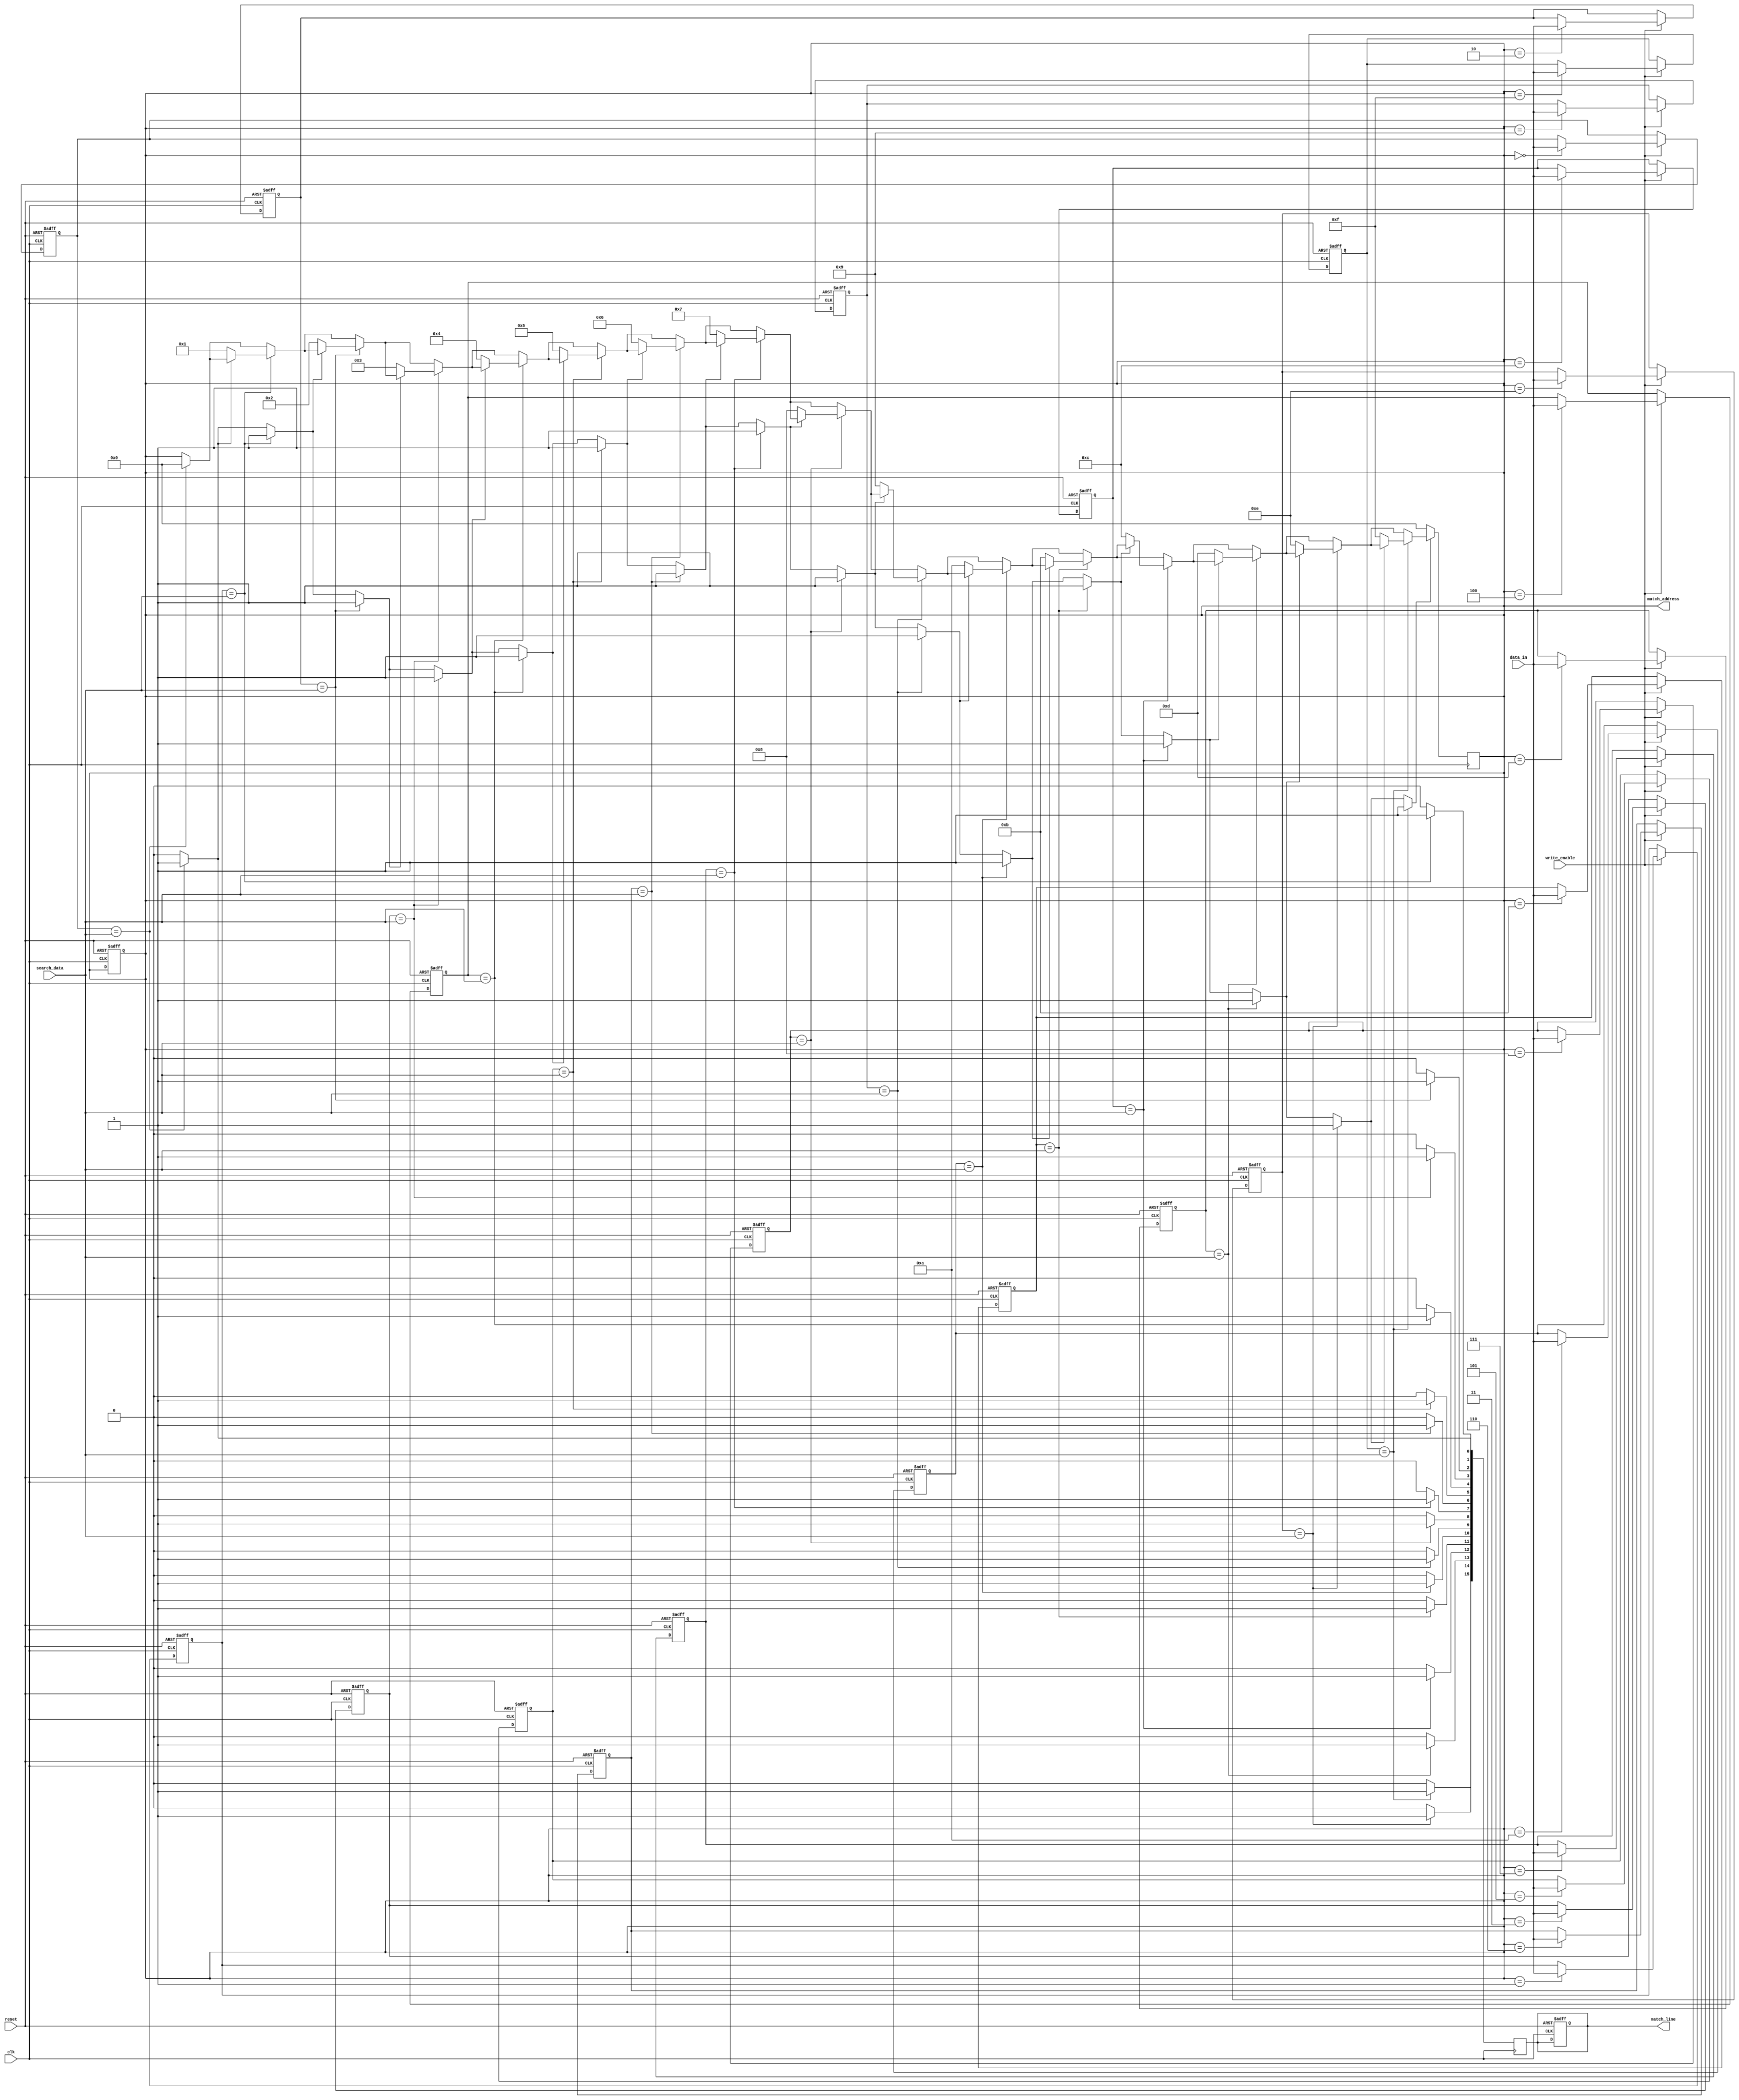
module bcam #(
    parameter N = 16,  // Number of entries (rows)
    parameter M = 8    // Width of each entry (columns)
)(
    input wire clk,                // Clock signal
    input wire reset,              // Reset signal
    input wire write_enable,       // Write enable signal
    input wire [M-1:0] data_in,    // Data input for writing
    input wire [M-1:0] search_data, // Data input for searching
    output reg [N-1:0] match_line, // Match line output
    output reg [$clog2(N)-1:0] match_address // Address of the first match
);

// Memory array declaration
reg [M-1:0] memory [0:N-1];

// Internal signals
integer i;
reg found;

// Write operation
always @(posedge clk or posedge reset) begin
    if (reset) begin
        // Clear memory on reset
        for (i = 0; i < N; i = i + 1) begin
            memory[i] <= {M{1'b0}};
        end
        match_line <= {N{1'b0}};
        match_address <= {N{1'b0}};
    end else if (write_enable) begin
        // Writing data to memory
        memory[match_address] <= data_in; // Write data to the specified address
    end
end

// Search operation
always @(posedge clk) begin
    // Initialize match line
    match_line <= {N{1'b0}};
    found = 0;

    // Compare search_data with each memory entry
    for (i = 0; i < N; i = i + 1) begin
        if (memory[i] == search_data) begin
            match_line[i] <= 1'b1; // Set match line for matching entry
            if (!found) begin
                match_address <= i[$clog2(N)-1:0]; // Store the address of the first match
                found = 1; // Indicate that a match has been found
            end
        end
    end

    // If no match is found, keep match_address unchanged
    if (!found) begin
        match_address <= {N{1'b0}}; // No valid address
    end
end

endmodule